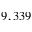
9 , 3 3 9